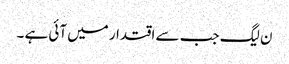
ن لیگ جب سے اقتدار میں آئی ہے ۔